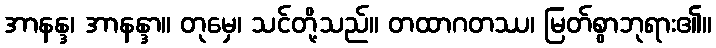
အာနန္ဒ၊ အာနန္ဒာ။ တုမှေ၊ သင်တို့သည်။ တထာဂတဿ၊ မြတ်စွာဘုရား၏။